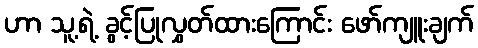
ဟာ သူ့ရဲ့ ခွင့်ပြုလွှတ်ထားကြောင်း ဖော်ကျူးချက်